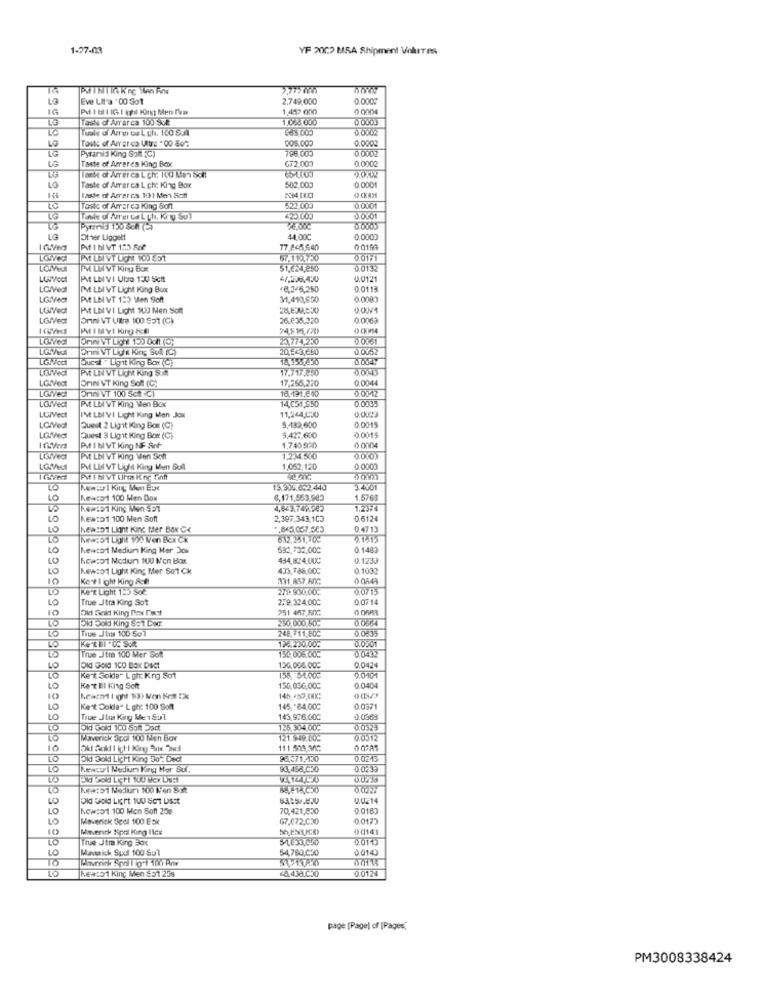
1-27-03
YF 2002 MSA Shipment Volures
13
Eve LIt'a '00 Sot
2,749,000
IG
Pdf t Bill IGI ini King Men fyra
Task of Amarca 100 SUR
0.0003
LO
0.0002
005,000
0.0002
10
Task of Arrar ca Ultra . 00 80
786,000
0.0002
Pyramid king SomC)
Taste of Arreres king Box
GF2,003
0.0002
LG
Taste of Arrer ca L Ch: ILU Men Schl!
10
Taste of Amarca L ch: King Box
502,000
0.0001
Inte of Arrarca 10) Men Scff
To
Taste of Arrares King Soft
522,009
0.0001
LG
D.OVOT
34,00€
Other Lipgett
44.00℃
0.0000
PflbVT 170 So?
77.8456.40
0 0199
PME LBI VT LICH 100 551
67.119.750
0.0171
IM LUI VT King Box
51.€24,250
0.0132
IAt LE VI Utza 150 Sicht
4/2238.430
0.0121
LO/Vedt
IM LEVT Light King Box
76,2/6,250
0.0113
PELNVT 150 Men Soft
31,410,900
0.0083
LOWVedt
At LBI VI Light 100 Men Soll
0.OUV4
LGMedt
Onni VT Ultra 100 $51 (C)
26.635.320
0.0063
(> CKMS4
0.0001
Onni VT Lich King Soll IC)
20,543,660
0.0V52
LGW/oct
bucs Lignit Kiing Box (C)
0.004Y
PME LIN VT LICH King SOM
17.717.250
0.0045
LOSVedt
Orni VT King Soft (C)
17.255,220
0.0044
LOWVedt
Drini WT 100 Sett(C)
16.191.840
0.0012
LOWVedl
14,051,850
0.0035
PM LE VT King Men Box
11,264,030
0.0023
LOWVedt
IN LEI VI Light Kang Men Jox
5.189,600
0.0015
LOWVedl
Quest 2 Lignit King Box (C)
0.0015
Quest 3 Ligit King Box (C)
5.427,600
Put I bl VT King NIF Snf
1.740,990
0 0004
LOWVed
PV LNI VT King Wen Sch
1,234.500
0.0003
PV LII VT Light King Men Sul
1,062,120
0.0003
LO
13,305.6.2.440
3.4V01
10
Kewtort 100 Men Dox
6,171,553,983
1.5763
Na:D1 King Men 551
4,843,749.982
1.2374
LO
Kewsort 100 Men Soft
2,397.343.100
0.6124
New:01 Light King ter Box CK
.. 845.057.503
0.4713
howsoft Light 150 Men Bex Ck
9.14.15
10
hewcart Medium King Mer Jou
592,732,000
0.1483
Newcor1 Modum 100 Non Bax
0.1233
10
10
hewsort Light King Mer Sot Ck
433.786.000
0.1032
10
Kert light King &cf
331 857 ANG
10
Kert Light 1:5 Soč
0.0715
True Jtra King Sot
279,324.000
0.0714
10
Old field King nexx Diest
251 487 50G
10
250 000.50
0.0004
10
Tive JLiss 100 501
248.711.800
0.0535
0.0501
Tiue Jtra 100 Mer Soft
198.230.000
0.043
150,006.000
10
OKI Gold 100 BOX DICT
130.000.000
0.0424
9.0101
Kert sokle" L ghc Kng Sot
158, 54.00℃
10
Kert Ill King Soft
156,036,00℃
0.0404
10
14h 30 CMX:
10
Kent Dolda" L ghc 100 Soft
145 ,- 64.000
0.0321
Tiue Jhia King Me 1Sul
143,976,000
0.0368
125.904.00℃
0.0329
Maverick Spol 100 Nen Box
121.949.00℃
0.0512
10
111 503,30℃
10
Oki Sold Licht King 30": Dect
28.371.430
0.0.45
Kewcu I Nediur King Har Sul.
90,458,C30
0.0239
:01 Nediuri 100 Ien STR
0.022%
0.0214
Neator1 100 Men Soft 25g
70.421,850
0.0183
10
Maverick Spol 100 Esx
G7.072.030
0.0173
10
00141
tue Jtra king 30:
0.011)
Mavaich Spol 100 Sul
54,760,050
0.014)
48,438.C.30
0.0124
NEW:51 King Men $51 255
page [Pagel of [Pages,
PM3008338424